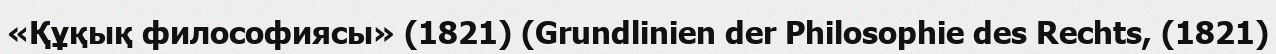
«Құқық философиясы» (1821) (Grundlinien der Philosophie des Rechts, (1821)